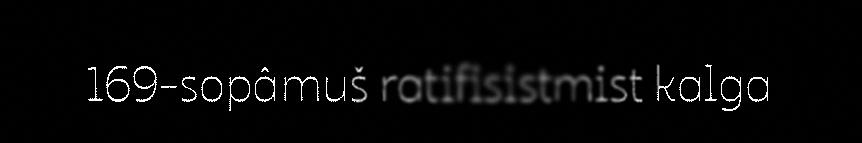
169-sopâmuš ratifisistmist kalga